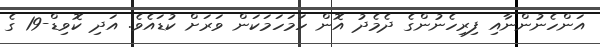
އަންހެނުންނާއި ފިރިހެނުންގެ ދެމެދު އޮން ހަމަހަމަކަން ވަރަށް ކުޑައެވެ. އަދި ކޮވިޑް-19 ގެ